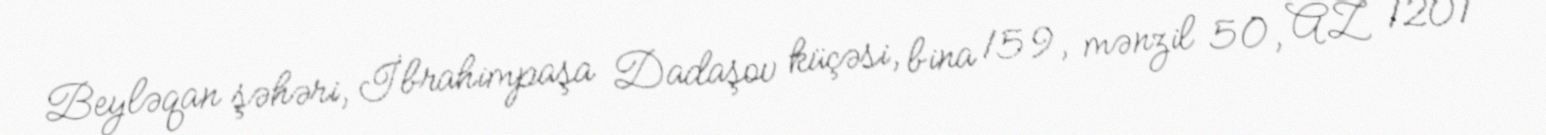
Beyləqan şəhəri, İbrahimpaşa Dadaşov küçəsi, bina 159, mənzil 50, AZ 1201